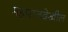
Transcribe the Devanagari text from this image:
महाराजदेखील